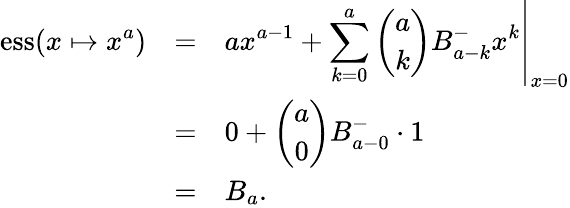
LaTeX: \begin{array}{rcl}{\displaystyle\mathrm{ess}(x\mapsto x^{a})}&{=}&{\displaystyle\left.ax^{a-1}+\sum_{k=0}^{a}\binom{a}{k}B_{a-k}^{-}x^{k}\right|_{x=0}}\\ &{=}&{0+\displaystyle\binom{a}{0}B_{a-0}^{-}\cdot 1}\\ &{=}&{B_{a}.}\end{array}